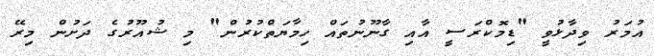
އުމަރު ވިދާޅުވީ "ޑިމޮކްރަސީ އާއި ގާނޫނުތައް ހިމާޔަތްކުރުން" މި ޝުއޫރުގެ ދަށުން މިރޭ